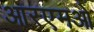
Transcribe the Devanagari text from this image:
आरएमओ